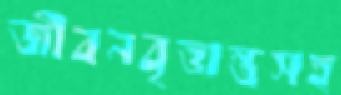
জীবনবৃত্তান্তসহ